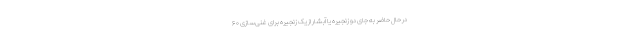
در حال حاضر به جای دو زنجیره یا آبشار از یک زنجیره برای غنی‌سازی ۶۰